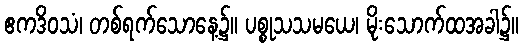
ဧကဒိဝသံ၊ တစ်ရက်သောနေ့၌။ ပစ္စုသသမယေ၊ မိုးသောက်ထအခါ၌။